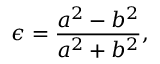
\epsilon = \frac { a ^ { 2 } - b ^ { 2 } } { a ^ { 2 } + b ^ { 2 } } ,